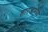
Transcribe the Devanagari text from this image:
शारजामध्ये